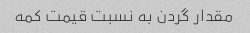
مقدار گردن به نسبت قیمت کمه